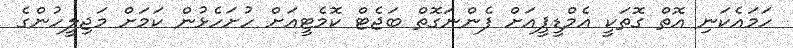
ހަމައެކަނި އޮތް ގޮތަކީ އެމްޑީޕީއަށް ފެންނަގޮތް ބަޖެޓް ކޮމެޓީއަށް ހުށަހެޅުން ކަމަށް މަޖިލީހުންގެ